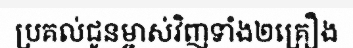
ប្រគល់ជូនម្ចាស់វិញទាំង២គ្រឿង